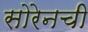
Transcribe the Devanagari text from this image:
सोरेनची